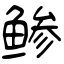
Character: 鲹